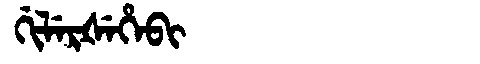
Manchu: ᡤᡳᠯᡝᡵᡧᡝᡥᡝᠪᡳ
Romanization: GILERŠEHEBI